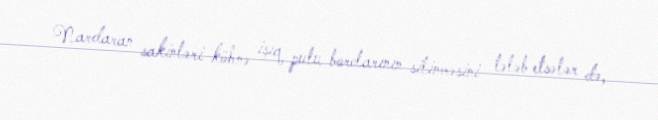
Nardaran sakinləri köhnə işıq pulu borclarının silinməsini tələb etsələr də,